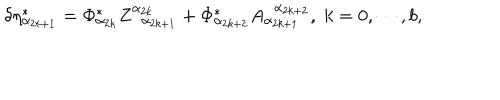
\delta \eta _ { \alpha _ { 2 k + 1 } } ^ { * } = \Phi _ { \alpha _ { 2 k } } ^ { * } Z _ { \; \; \alpha _ { 2 k + 1 } } ^ { \alpha _ { 2 k } } + \Phi _ { \alpha _ { 2 k + 2 } } ^ { * } A _ { \alpha _ { 2 k + 1 } } ^ { \; \; \alpha _ { 2 k + 2 } } , \; k = 0 , \cdots , b ,